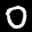
Label: 0